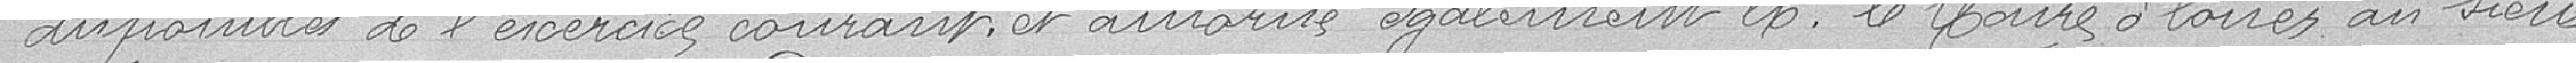
disponible de l'exercice courant, autorise également Monsieur le Maire à louer au sieur